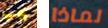
يجب لماذا